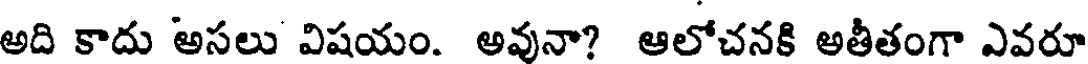
అది కాదు అసలు విషయం. అవునా? ఆలోచనకి అతీతంగా ఎవరూ